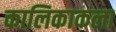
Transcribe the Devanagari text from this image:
कालिकाकला